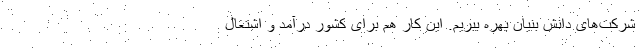
شرکت‌های دانش بنیان بهره ببریم. این کار هم برای کشور درآمد و اشتغال